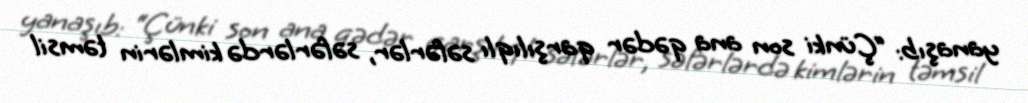
yanaşıb: “Çünki son ana qədər qarşılıqlı səfərlər, səfərlərdə kimlərin təmsil